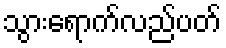
သွားရောက်လည်ပတ်